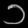
Digit: ၁